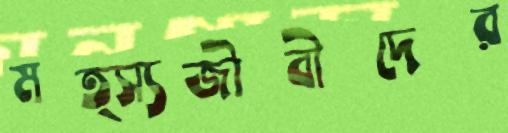
মত্স্যজীবীদের